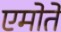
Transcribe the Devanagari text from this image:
एमोते